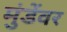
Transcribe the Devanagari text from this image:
मुंडेंवर